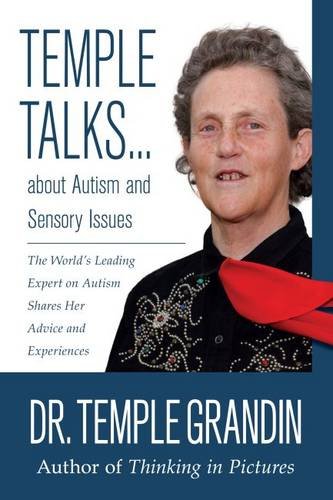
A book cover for Temple Talks about Autism and Sensory Issues: The World's Leading Expert on Autism Shares Her Advice and Experiences; Dr. Temple Grandin; Health, Fitness & Dieting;